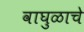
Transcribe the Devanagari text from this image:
वाघुळाचे